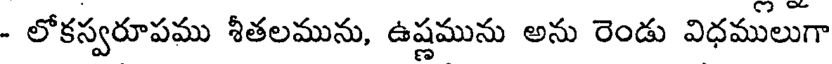
- లోకస్వరూపము శీతలమును, ఉష్ణమును అను రెండు విధములుగా